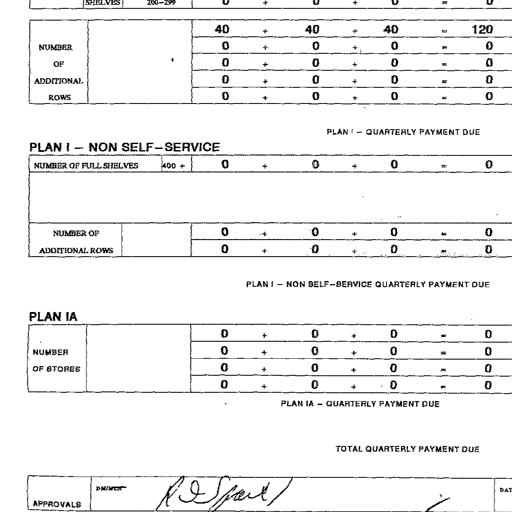
SHELVES 200-299 0 + 0 + 0 = 0
NUMBER OF ADDITIONAL ROWS
40 + 40 + 40 = 120
0 + 0 + 0 = 0
0 + 0 + 0 = 0
0 + 0 + 0 = 0
0 + 0 + 0 = 0
PLAN I - QUARTERLY PAYMENT DUE
PLAN I - NON SELF-SERVICE
NUMBER OF FULL SHELVES 400 + 0 + 0 + 0 = 0
NUMBER OF ADDITIONAL ROWS
0 + 0 + 0 = 0
0 + 0 + 0 = 0
PLAN I - NON SELF-SERVICE QUARTERLY PAYMENT DUE
PLAN IA
NUMBER OF STORES
0 + 0 + 0 = 0
0 + 0 + 0 = 0
0 + 0 + 0 = 0
0 + 0 + 0 = 0
PLAN IA - QUARTERLY PAYMENT DUE
TOTAL QUARTERLY PAYMENT DUE
APPROVALS DM/MCS R D Spart DATE